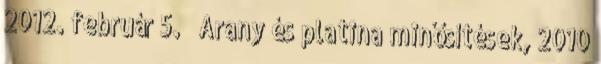
2012. február 5. ↑ Arany és platina minősítések, 2010